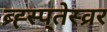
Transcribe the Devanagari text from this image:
ब्र्ह्स्प्तेस्व्रर